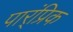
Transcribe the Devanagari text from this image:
पार्ंप्रिक